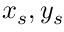
x _ { s } , y _ { s }